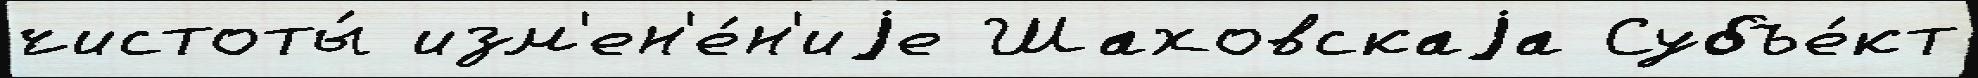
чистоты́ изм'ен'е́н'иjе Шаховскаjа Субъе́кт